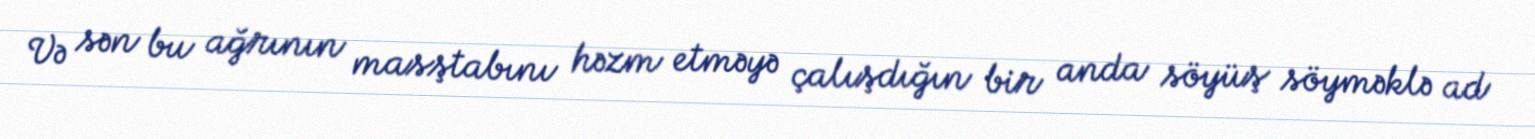
Və sən bu ağrının masştabını həzm etməyə çalışdığın bir anda söyüş söyməklə ad